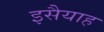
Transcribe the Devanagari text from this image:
इसैयाह